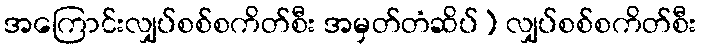
အကြောင်းလျှပ်စစ်စကိတ်စီး အမှတ်တံဆိပ်) လျှပ်စစ်စကိတ်စီး